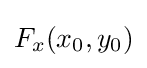
F_{x}(x_{0},y_{0})